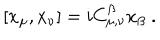
[ x _ { \mu } , x _ { \nu } ] = i C _ { \mu , \nu } ^ { \beta } x _ { \beta } ~ .